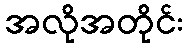
အလိုအတိုင်း